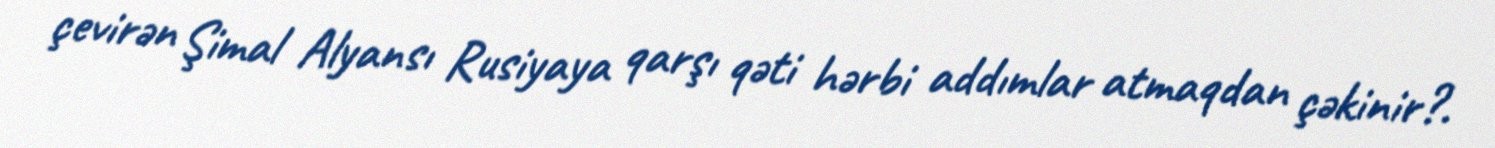
çevirən Şimal Alyansı Rusiyaya qarşı qəti hərbi addımlar atmaqdan çəkinir?.